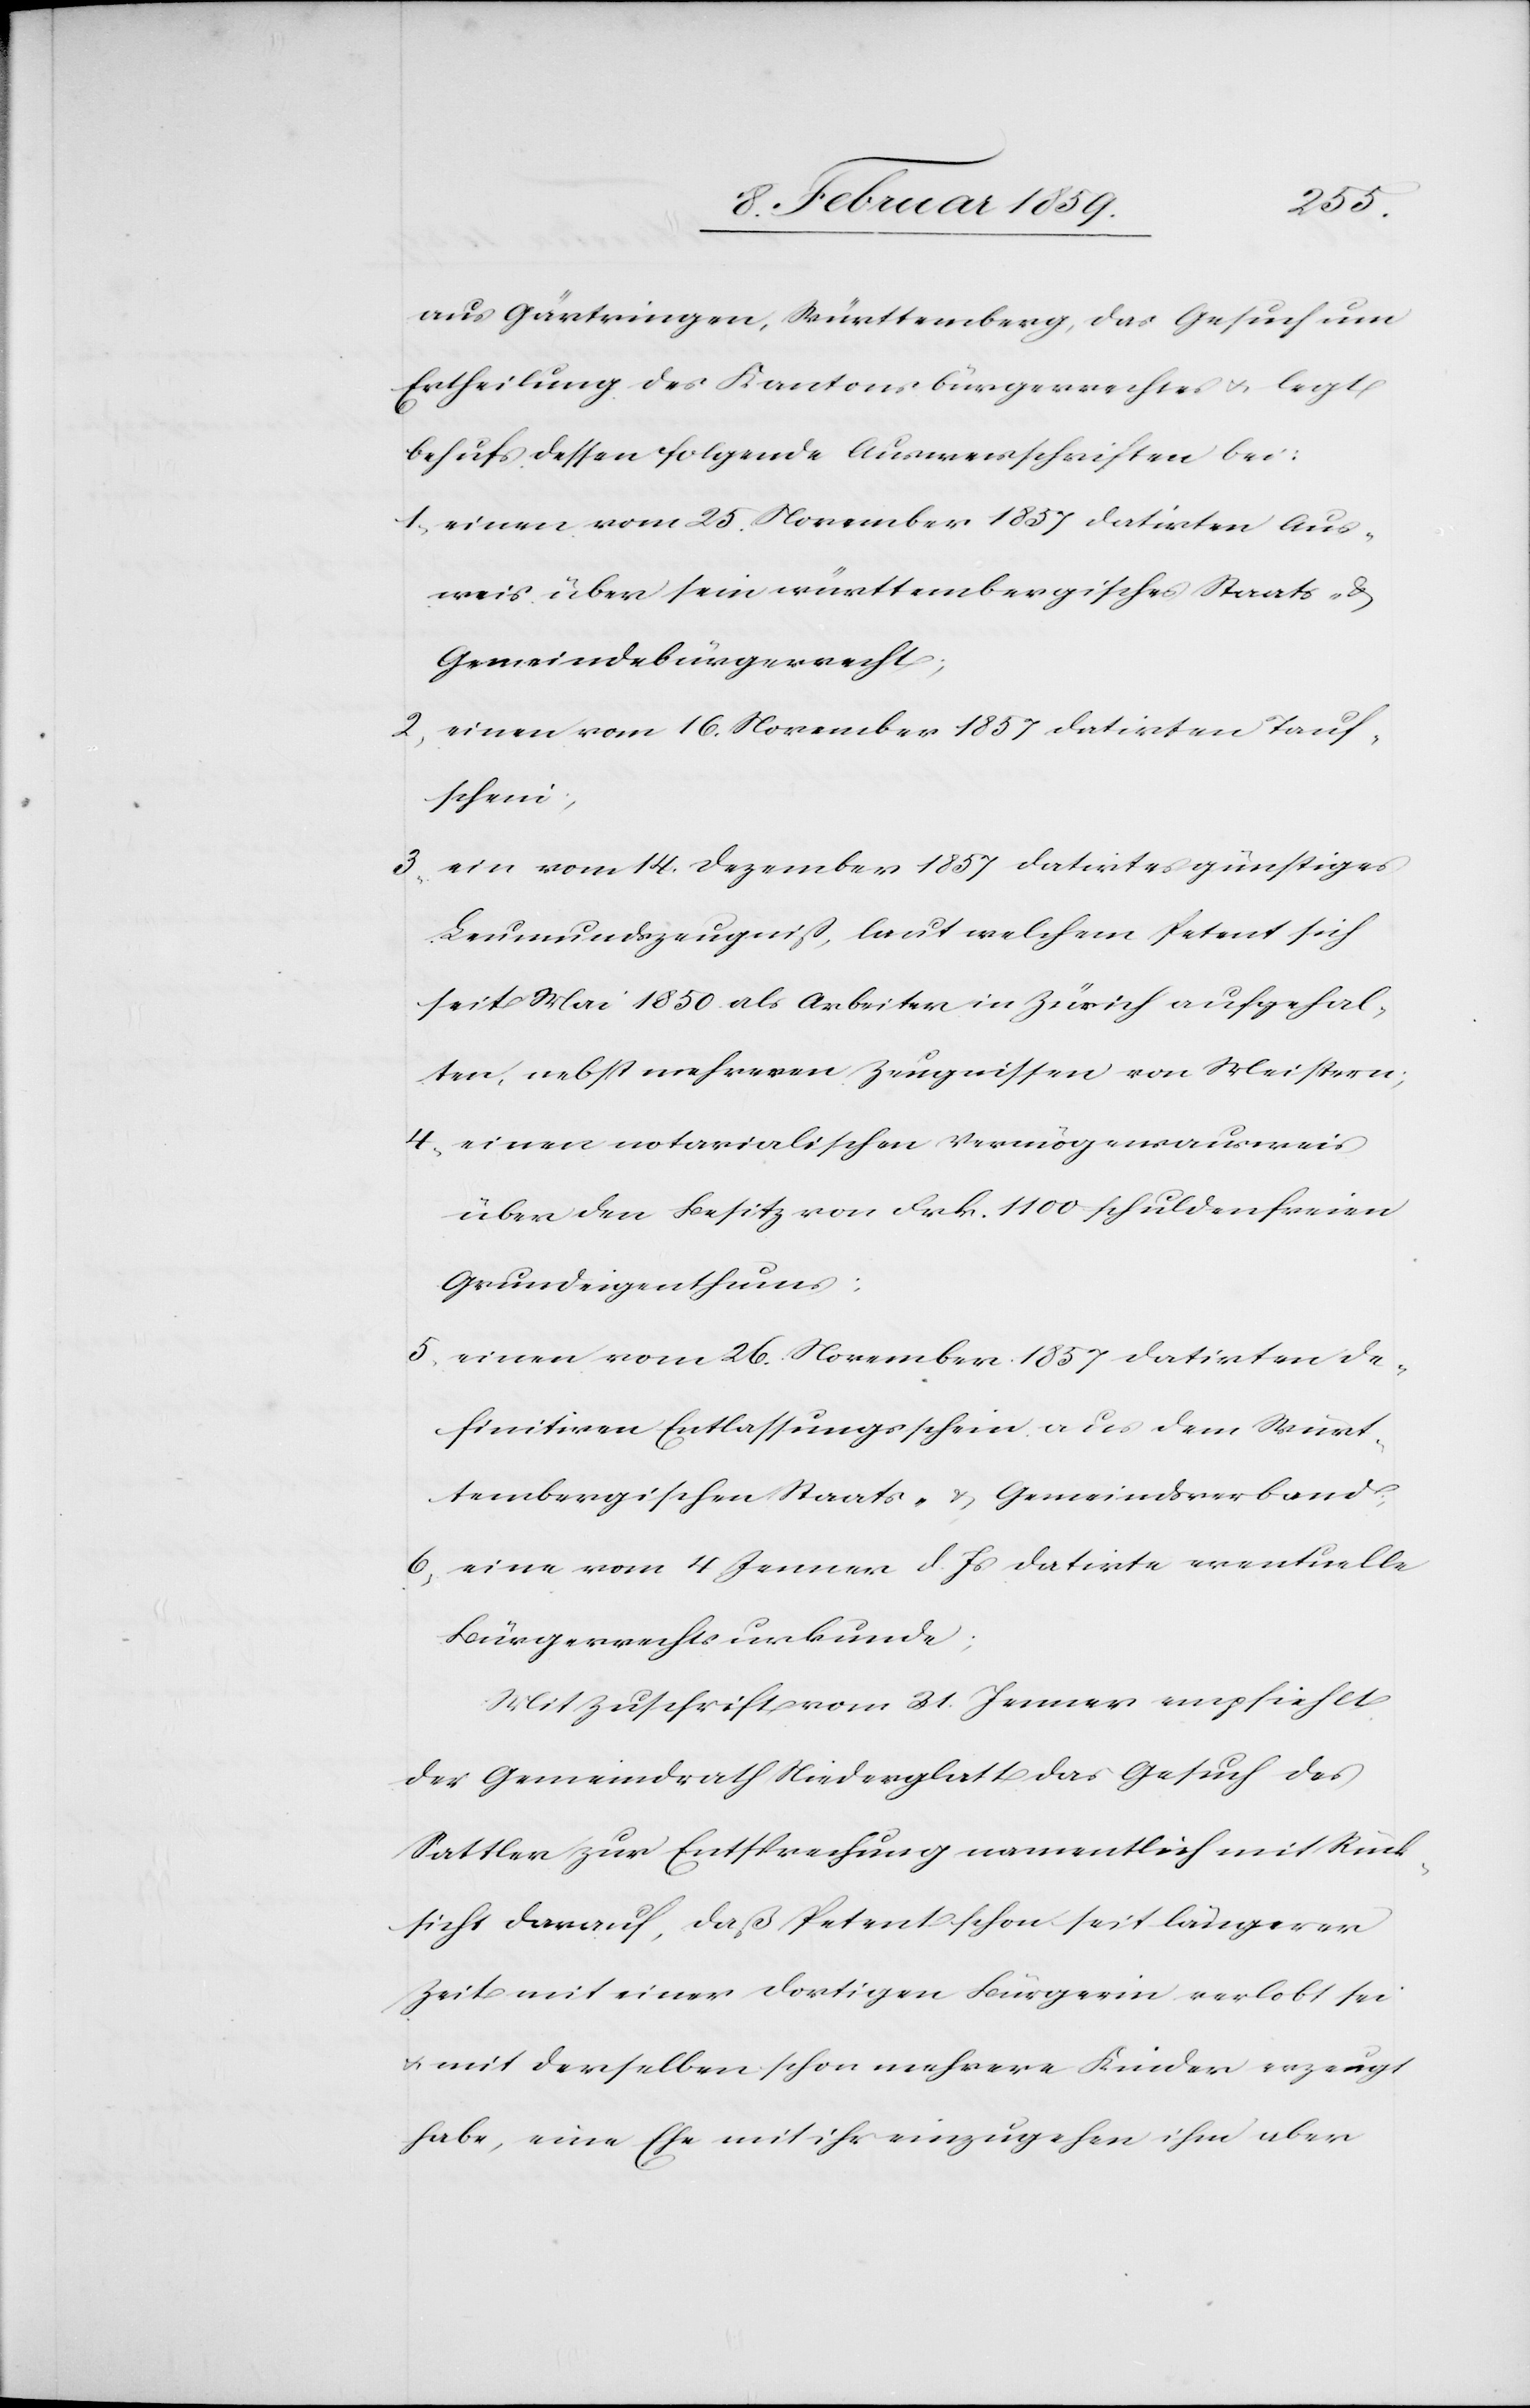
aus Gärtringen, Württemberg, das Gesuch um
Ertheilung des Kantonsbürgerrechtes u. legt
behufs dessen folgende Ausweisschriften bei:
1, einen vom 25. November 1857 datirten Aus¬
weis über sein württembergisches Staats- &
Gemeindebürgerrecht;
2, einen vom 16. November 1857 datirten Tauf¬
schein;
ein vom 14. Dezember 1857 datirtes günstiges
Leumundszeugniß, laut welchem Petent sich
seit Mai 1850 als Arbeiter in Zürich aufgehal¬
ten, nebst mehreren Zeugnissen von Meistern;
4, einen notarialischen Vermögensausweis
über den Besitz von Frk. 1100 schuldenfreien
Grundeigenthums;
5, einen vom 26. November 1858 datirten de¬
finitiven Entlassungsschein aus dem Würt¬
tembergischen Staats- & Gemeindsverband;
6, eine vom 4 Januar d. Js. datirte eventuelle
Bürgerrechtsurkunde;
Mit Zuschrift vom 21. Januar empfiehlt
der Gemeindrath Niederglatt das Gesuch des
Sattler zur Entsprechung namentlich mit Rück¬
sicht darauf, daß Petent schon seit längerer
Zeit mit einer dortigen Bürgerin verlobt sei
u. mit derselben schon mehrere Kinder erzeugt
habe, eine Ehe mit ihr einzugehen ihm aber